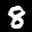
Label: 8